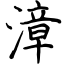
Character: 漳